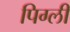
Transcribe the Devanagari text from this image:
पिग्ली